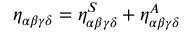
\eta _ { \alpha \beta \gamma \delta } = \eta _ { \alpha \beta \gamma \delta } ^ { S } + \eta _ { \alpha \beta \gamma \delta } ^ { A }